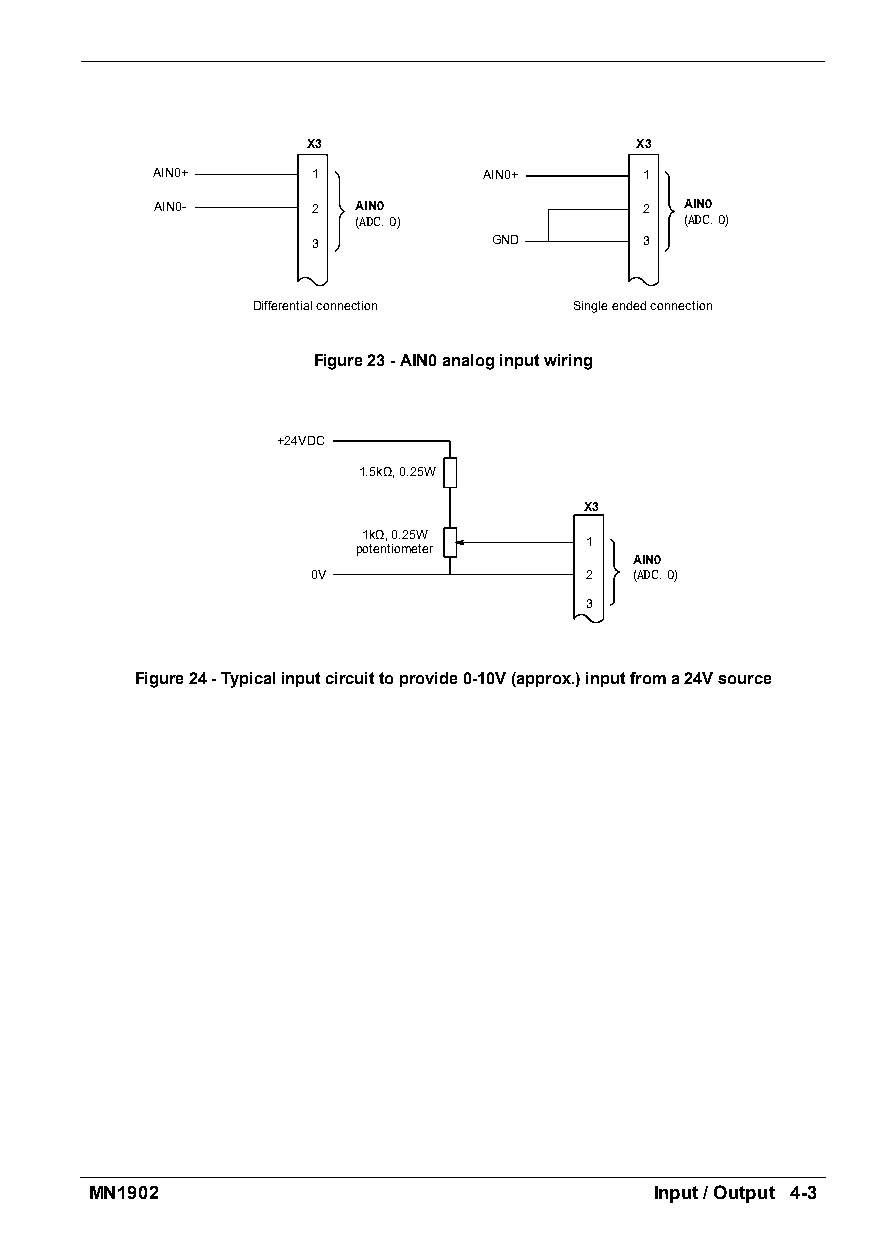
X3                    X3
 AIN0+      1          AIN0+      1
 AIN0-      2  AIN0               2 AIN0
 (ADC.0)              (ADC.0)
 3           GND       3
 Differentialconnection Singleendedconnection
 Figure23-AIN0analoginputwiring
 +24VDC
 1.5kΩ,0.25W
 X3
 1kΩ,0.25W
 1
 potentiometer
 AIN0
 0V                2  (ADC.0)
 3
 Figure24-Typicalinputcircuittoprovide0-10V(approx.)inputfroma24Vsource
 MN1902                               Input/Output 4-3